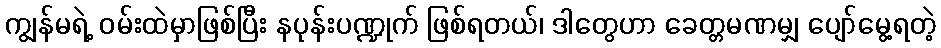
ကျွန်မရဲ့ ဝမ်းထဲမှာဖြစ်ပြီး နပုန်းပဏ္ဍုက် ဖြစ်ရတယ်၊ ဒါတွေဟာ ခေတ္တမဏမျှ ပျော်မွေ့ရတဲ့